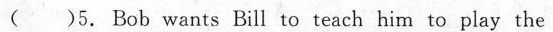
( )5. Bob wants Bill to teach him to play the